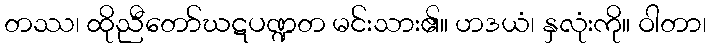
တဿ၊ ထိုညီတော်ဃဋပဏ္ဍတ မင်းသား၏။ ဟဒယံ၊ နှလုံးကို။ ဝါတာ၊